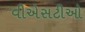
વીએસટીઓ